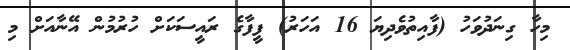
މިހާ ގިނަދުވަހު (ފާއިތުވެދިޔަ 16 އަހަރު) ފީފާގެ ރައީސަކަށް ހުރުމުން އޭނާއަށް މި